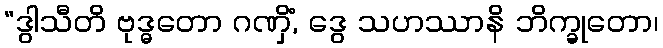
“ဒွါသီတိ ဗုဒ္ဓတော ဂဏှိံ, ဒွေ သဟဿာနိ ဘိက္ခုတော၊